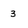
Character: 3